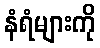
နံရံများကို